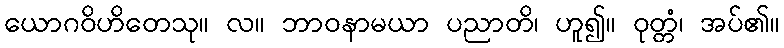
ယောဂဝိဟိတေသု။ လ။ ဘာဝနာမယာ ပညာတိ၊ ဟူ၍။ ဝုတ္တံ၊ အပ်၏။